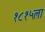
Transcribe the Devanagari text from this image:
१८१५ला